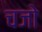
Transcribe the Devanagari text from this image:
चजो